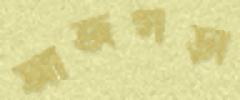
আজগড়া